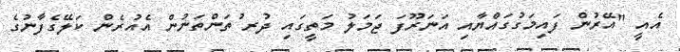
އެއީ "އޭރުން ފައިމަގުގައްޔާއި އަނަރޫފަ ޖަމަލު މަތީގައި ދުރ ުތަންތަނުން އެއުރެން ކަލޭގެފާނުގެ